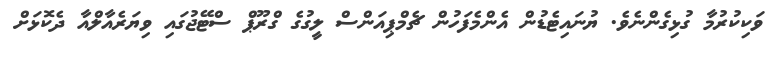
ވަކިކުރުމާ ގުޅިގެންނެވެ. ޔުނައިޓެޑުން އެންމެފަހުން ޗެމްޕިއަންސް ލީގުގެ ގްރޫޕް ސްޓޭޖުގައި ވިޔަރެއާލްއާ ދެކޮޅަށް